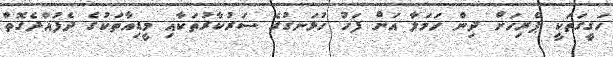
ހަގީގަތަކީ ޕެރިހަށް ދިން ހަމަލާ އަށް ފަހު ހުޅަނގުގެ ސަރުކާރުތަކާއި މީޑިއާތަކުގެ ދެފުއްދެގޮތް